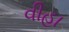
વીહા